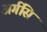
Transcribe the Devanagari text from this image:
अर्गसि